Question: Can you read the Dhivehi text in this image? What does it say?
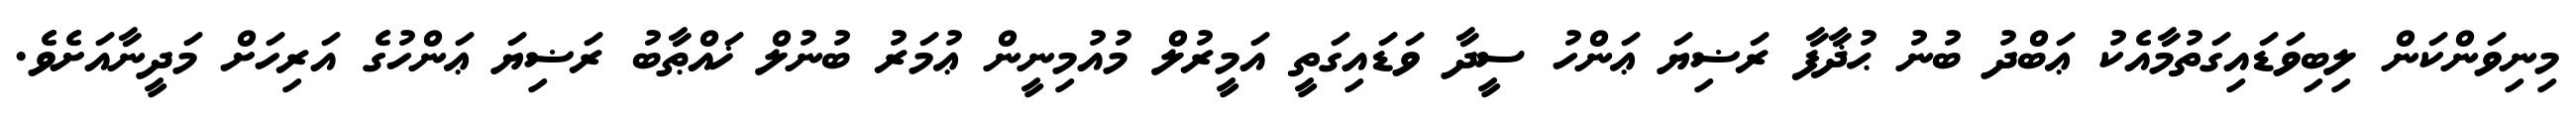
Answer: މިނިވަންކަން ލިބިވަޑައިގަތުމާއެކު ޢަބްދު ބުނު ޙުޛާފާ ރަޟިޔަ ޢަންހު ސީދާ ވަޑައިގަތީ އަމީރުލް މުއުމިނީން ޢުމަރު ބުނުލް ޚައްޠާބު ރަޟިޔަ ޢަންހުގެ އަރިހަށް މަދީނާއަށެވެ.